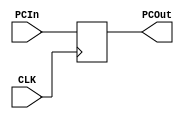
`timescale 1ns / 1ps
//////////////////////////////////////////////////////////////////////////////////
// Company: 
// Engineer: 
// 
// Design Name: 
// Module Name: Program_Counter
// Project Name: 
// Target Devices: 
// Tool Versions: 
// Description: 
// 
// Dependencies: 
// 
// Revision:
// Revision 0.01 - File Created
// Additional Comments:
// 
//////////////////////////////////////////////////////////////////////////////////


module Program_Counter#(parameter Size = 32) (
    input CLK,
    input [Size-1:0] PCIn,
    output [Size-1:0] PCOut
    );
    reg [Size-1:0] COUNTER = 0;
    always @(posedge CLK) COUNTER <= PCIn;
    assign PCOut = COUNTER;
endmodule